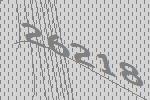
26218